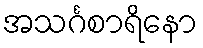
အသင်္ဂစာရိနော